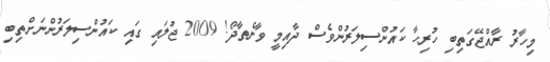
މިހާރު ރާއްޖޭގަތިބި ހުރިހާ ކައުންސިލަރުންވެސް ދާއިމީ ވާނެތާދޯ! 2009 ޖުލައި ގައި ކައުންސިލަރުންނަށްތިބި